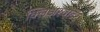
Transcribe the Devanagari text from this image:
क्लिअरवाटर